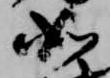
如